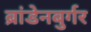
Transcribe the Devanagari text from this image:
ब्रांडेनबुर्गर